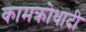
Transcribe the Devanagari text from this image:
कामक्रोधादी